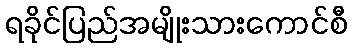
ရခိုင်ပြည်အမျိုးသားကောင်စီ